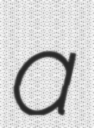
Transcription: a